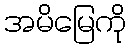
အမိမြေကို